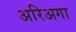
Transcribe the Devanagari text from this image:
अरिअगा